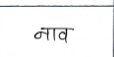
मजकूर: नाव